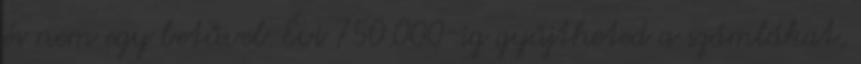
és nem egy betűvel. Évi 750.000-ig gyűjtheted a számlákat,